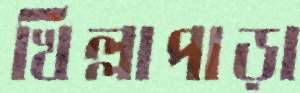
খিল্লাপাড়া